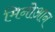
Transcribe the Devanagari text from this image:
मिनोआन